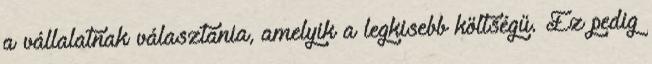
a vállalatnak választania, amelyik a legkisebb költségű. Ez pedig